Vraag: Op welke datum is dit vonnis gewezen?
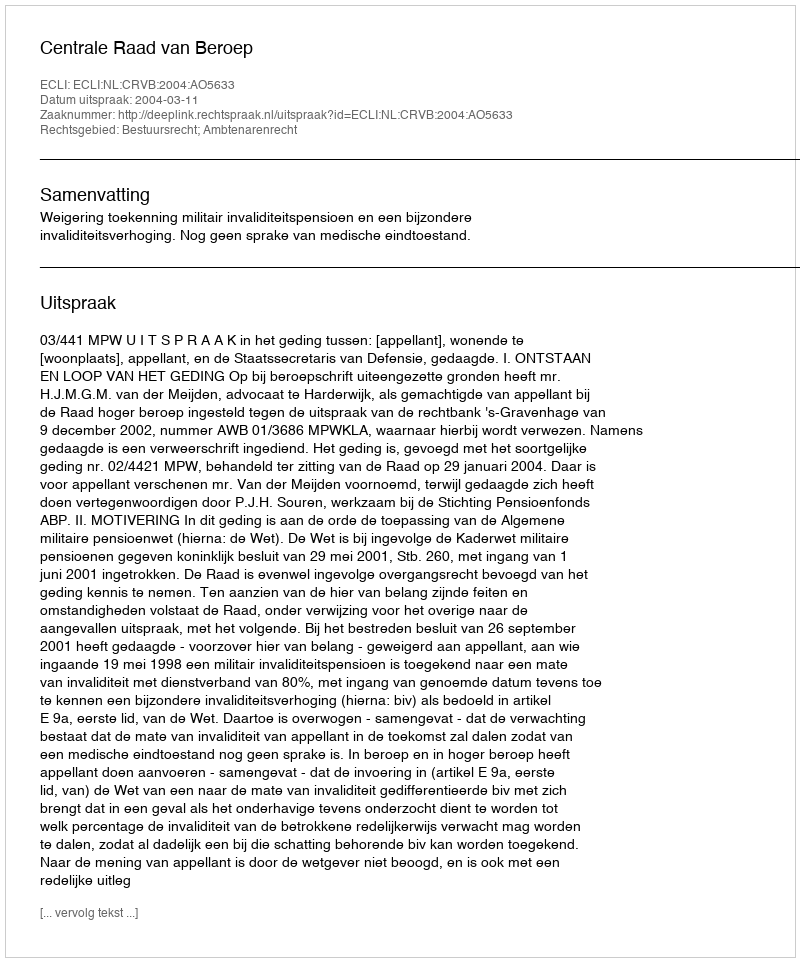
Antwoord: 2004-03-11